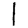
Digit: 1